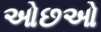
ઓછઓ